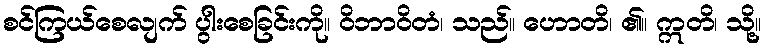
စင်ကြယ်စေလျက် ပွါးစေခြင်းကို။ ဝိဘာဝိတံ၊ သည်။ ဟောတိ၊ ၏။ ဣတိ၊ သို့။